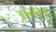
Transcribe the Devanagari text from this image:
आत्मचेता